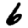
Digit: 6